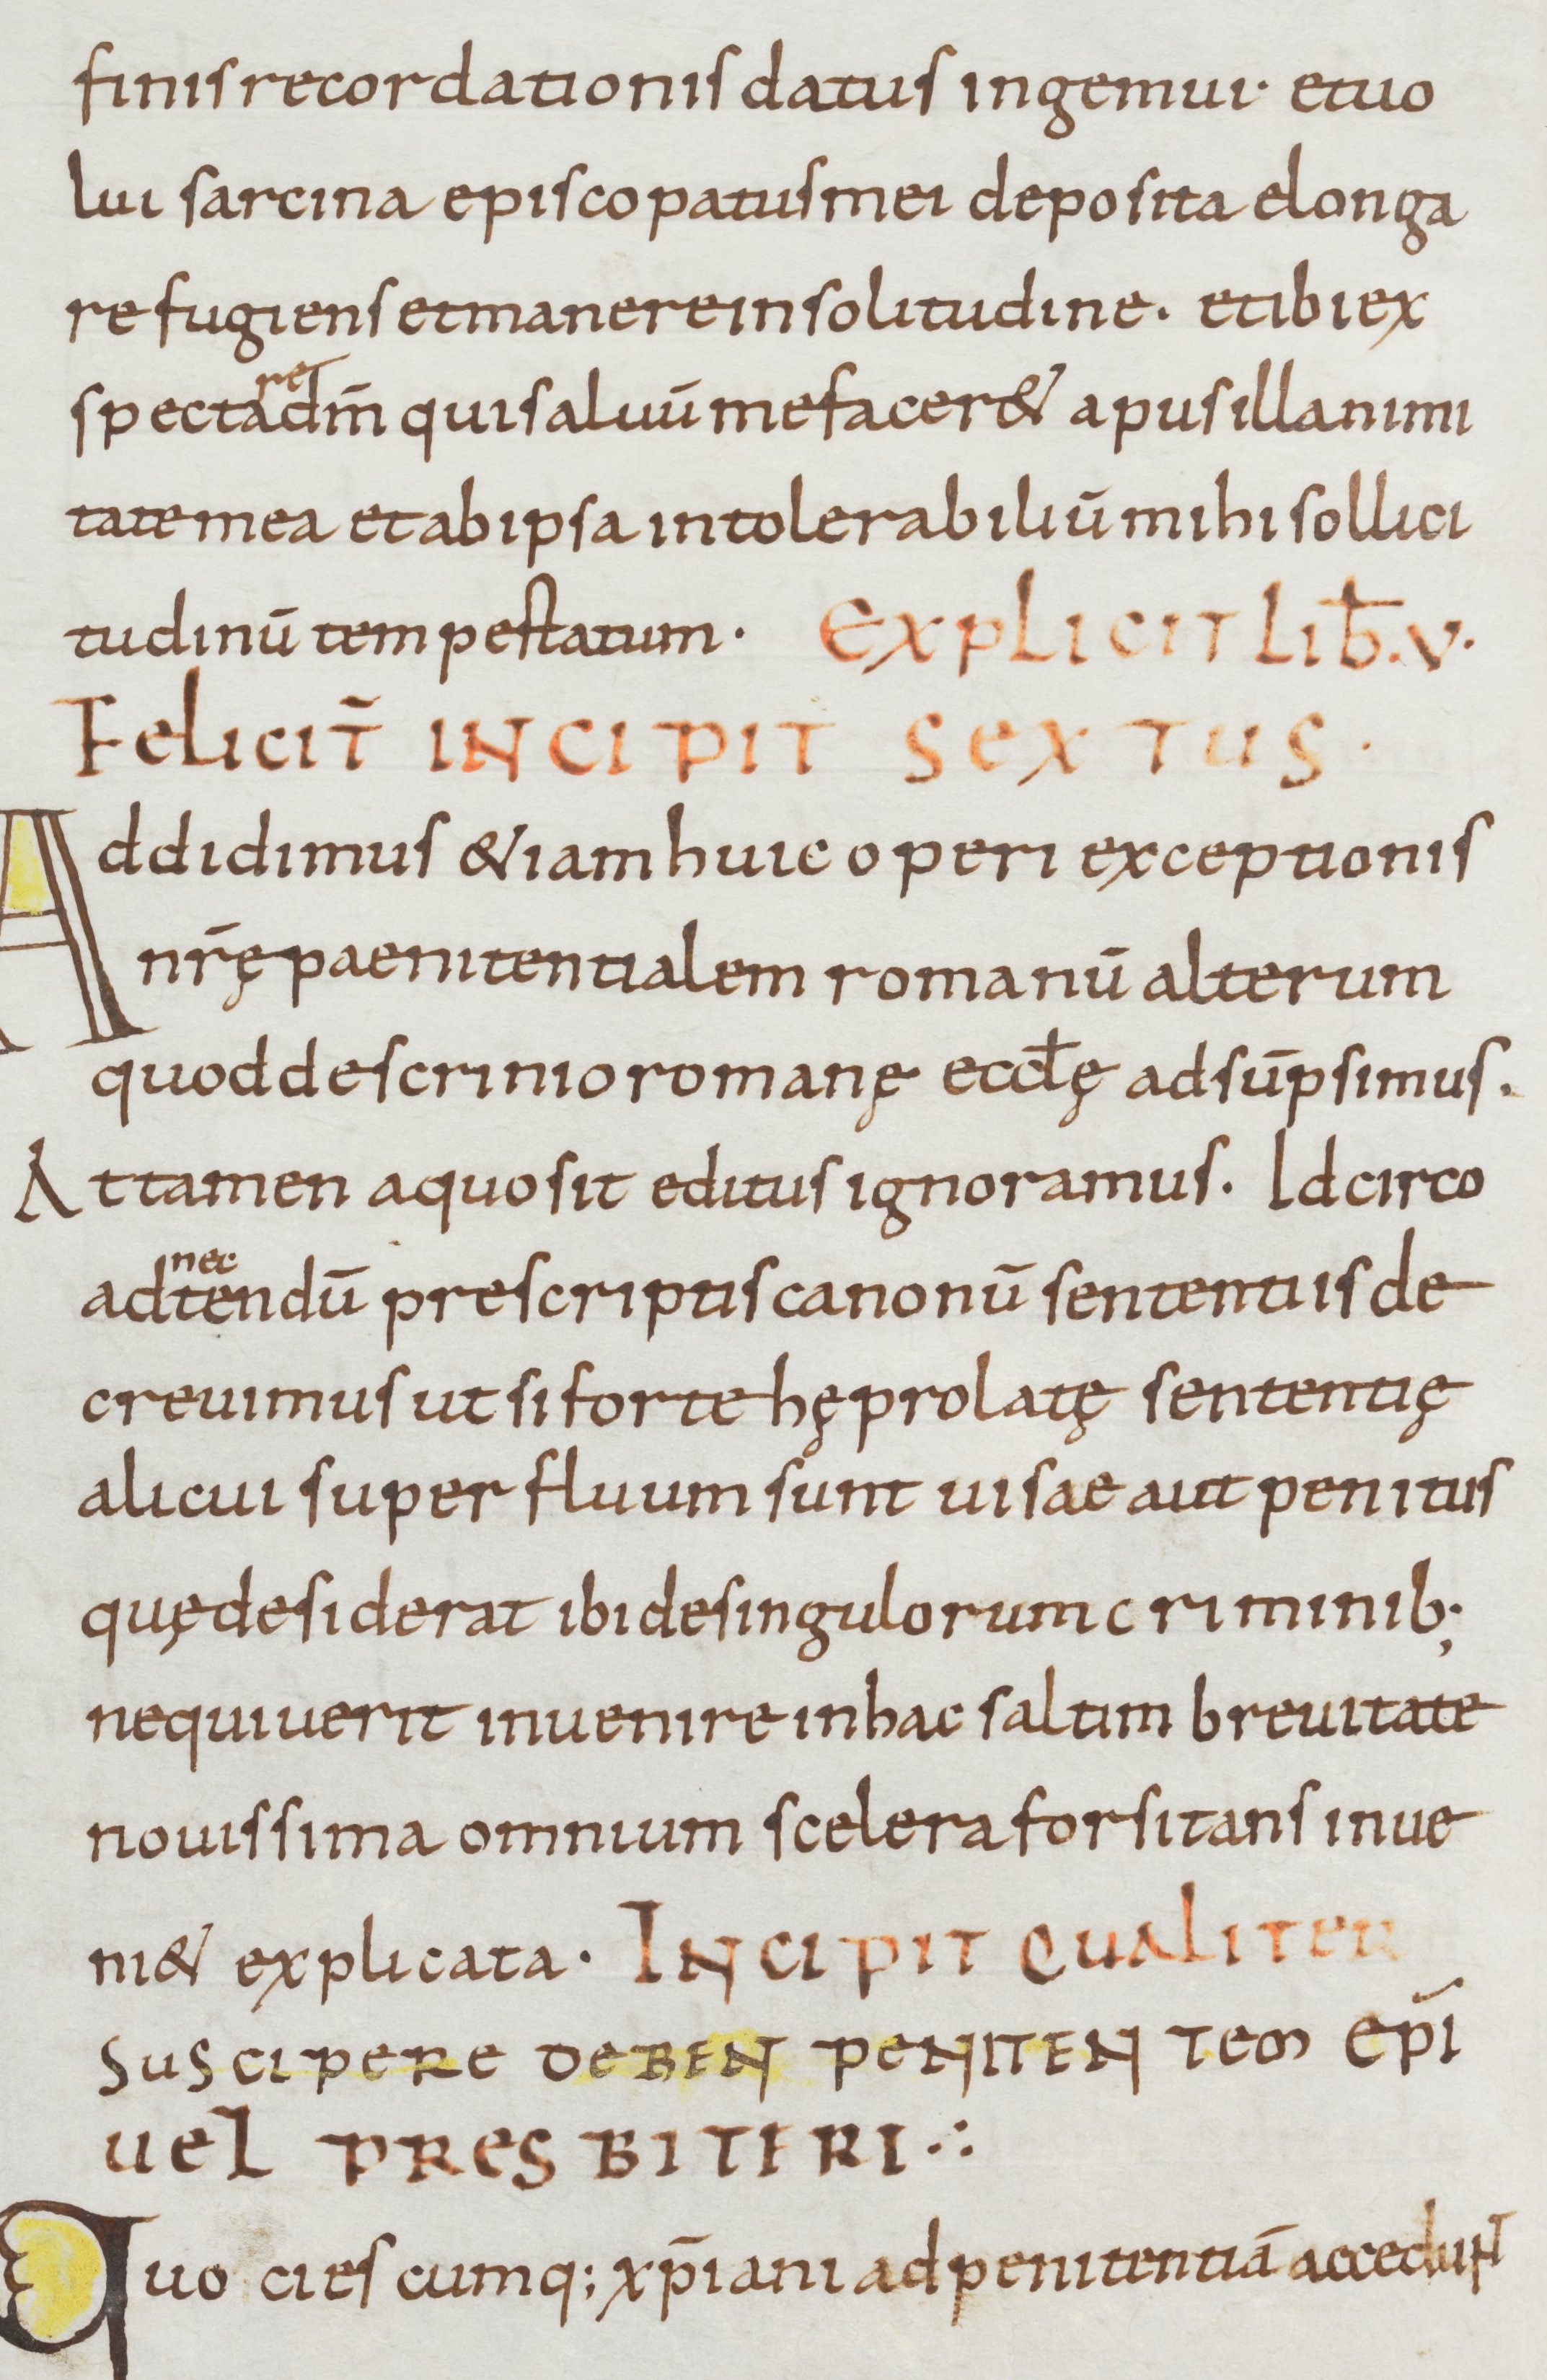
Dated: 900–999